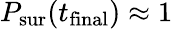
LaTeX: P_{\mathrm{sur}}(t_{\mathrm{final}})\approx 1